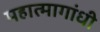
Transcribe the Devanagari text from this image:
महात्मागांधी